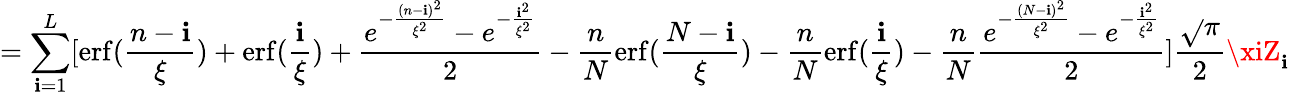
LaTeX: =\sum_{\mathbf{i}=1}^{L}[\operatorname{erf}(\frac{{n-\mathbf{i}}}{{\xi}})+\operatorname{erf}(\frac{{\mathbf{i}}}{{\xi}})+\frac{{e^{-\frac{{(n-\mathbf{i})^{2}}}{{\xi^{2}}}}-e^{-\frac{{\mathbf{i}^{2}}}{{\xi^{2}}}}}}{{2}}-\frac{{n}}{{N}}\operatorname{erf}(\frac{{N-\mathbf{i}}}{{\xi}})-\frac{{n}}{{N}}\operatorname{erf}(\frac{{\mathbf{i}}}{{\xi}})-\frac{{n}}{{N}}\frac{{e^{-\frac{{(N-\mathbf{i})^{2}}}{{\xi^{2}}}}-e^{-\frac{{\mathbf{i}^{2}}}{{\xi^{2}}}}}}{{2}}]\frac{{\sqrt{}{{\pi}}}}{{2}}\xiZ_{\mathbf{i}}